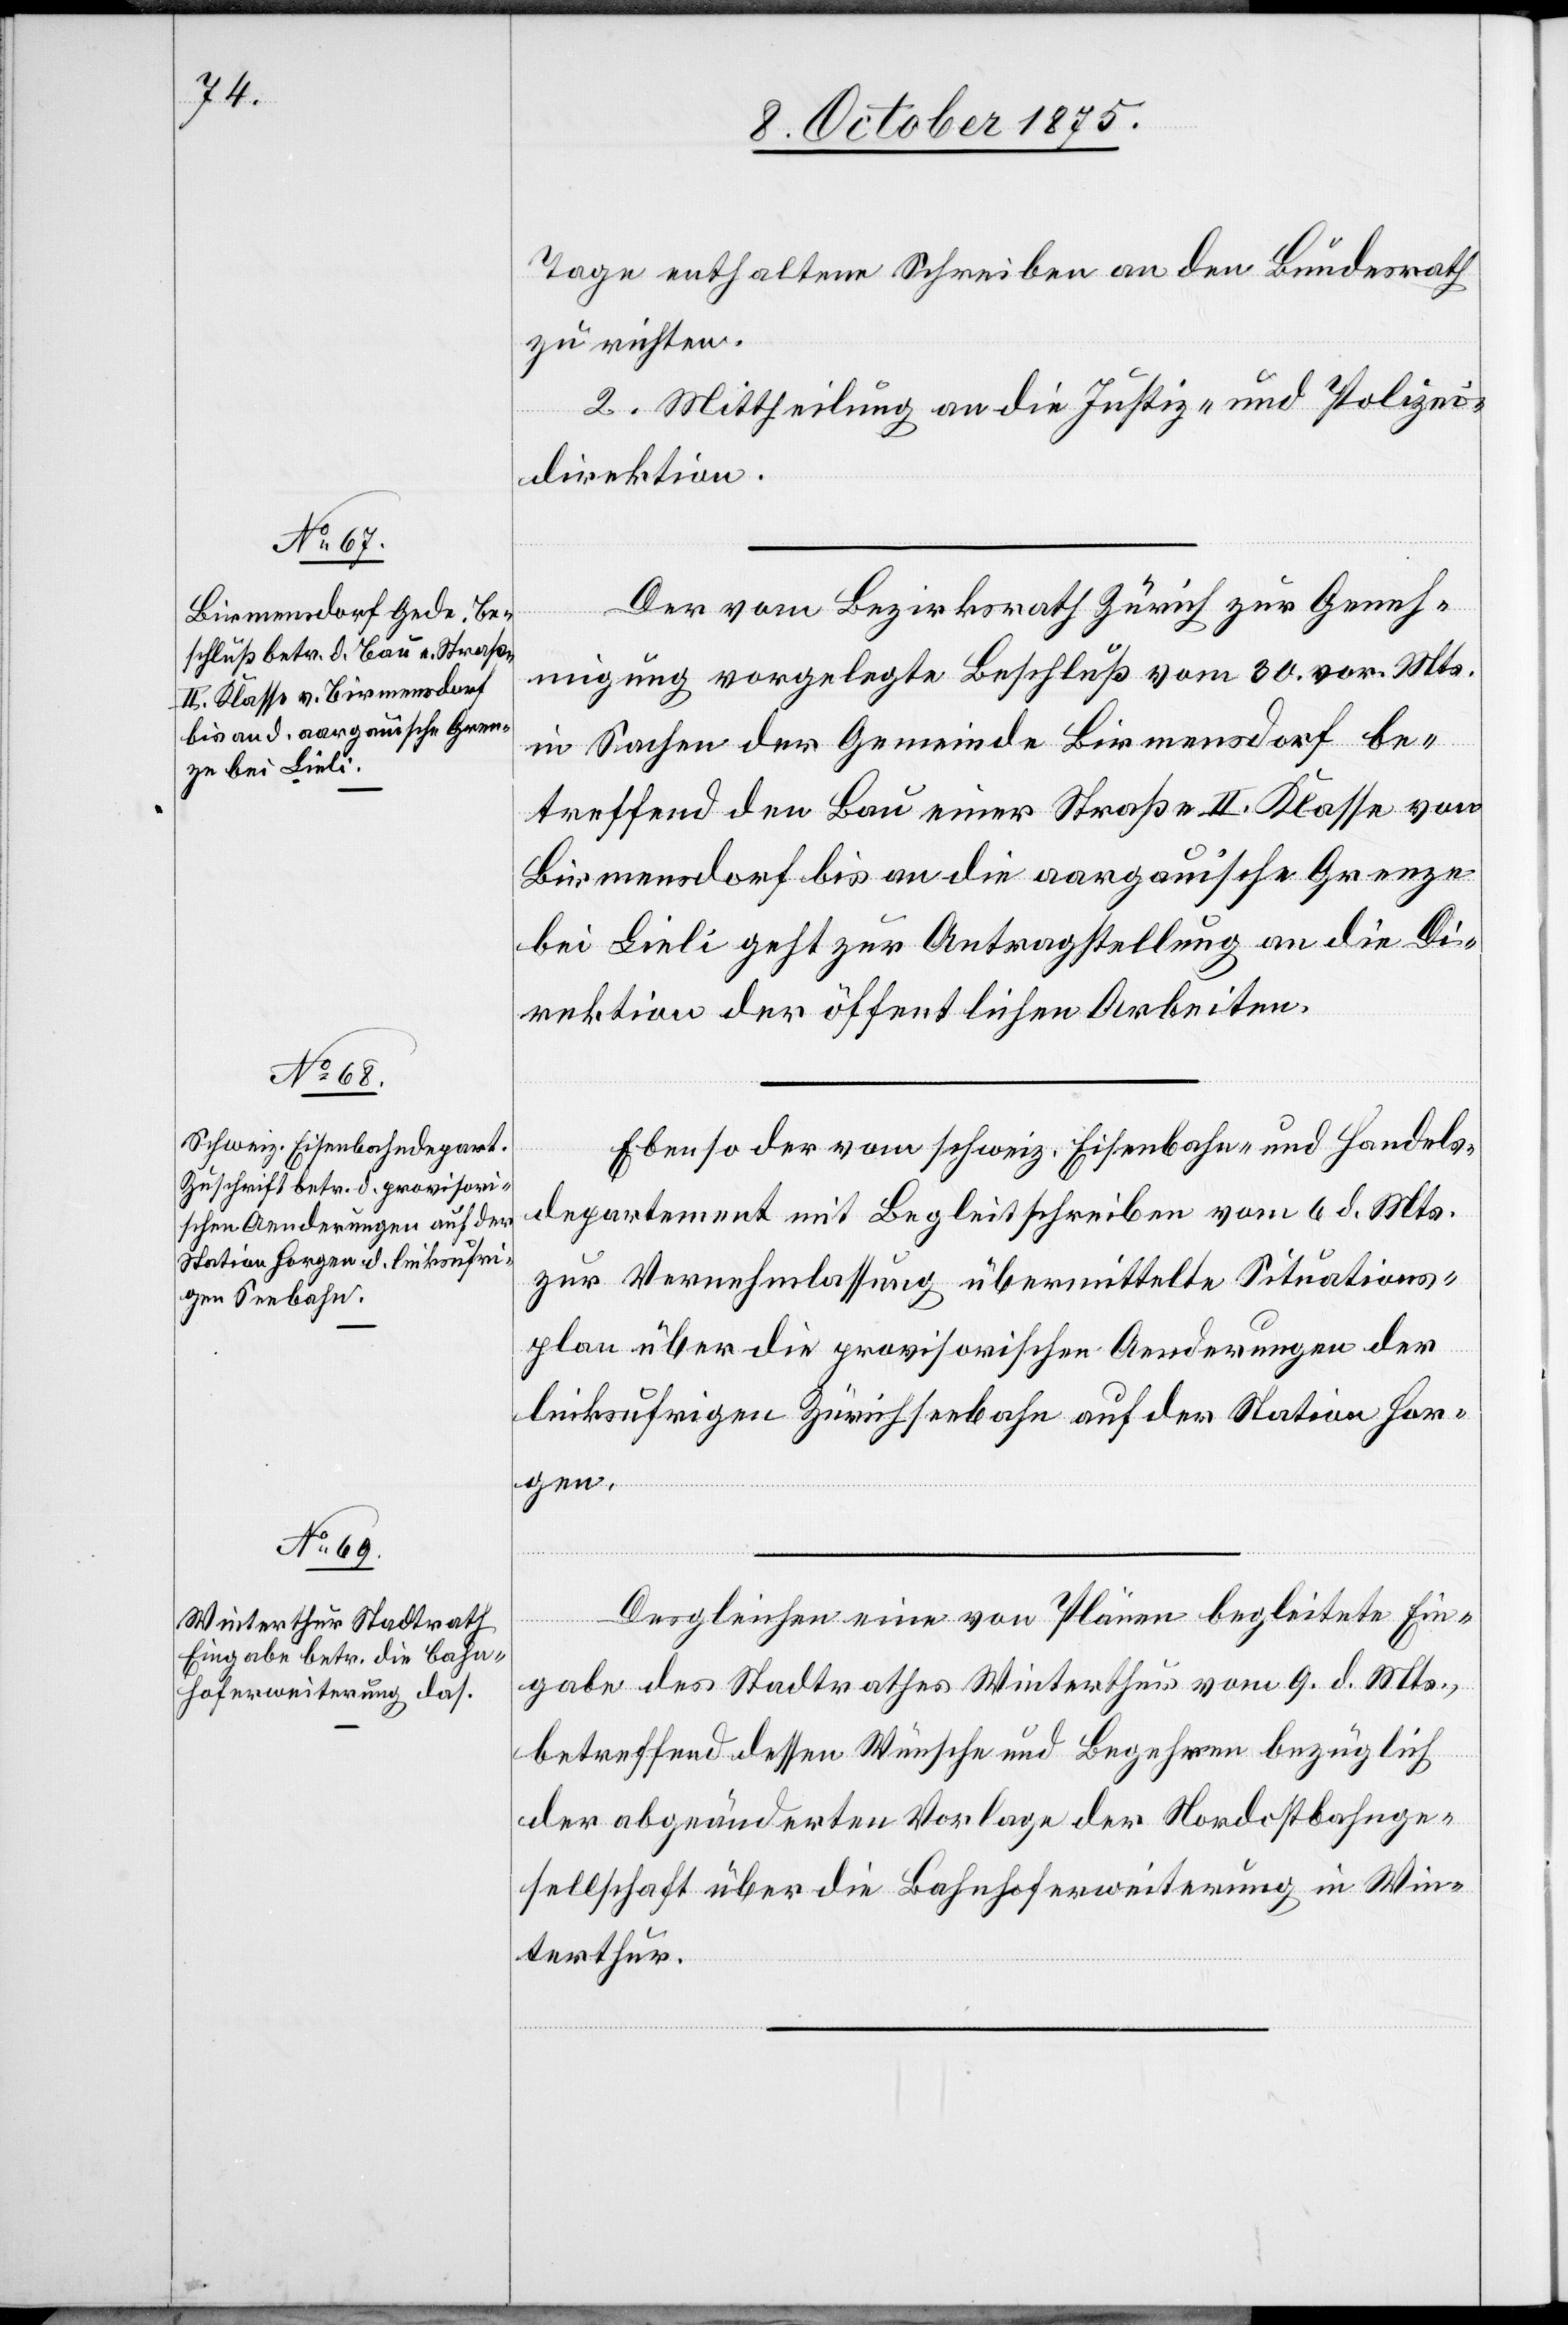
11. October 1875.]
Tage enthaltene Schreiben an den Bundesrath
zu richten.
2. Mittheilung an die Justiz- und Polizei¬
direktion.
Der vom Bezirksrath Zürich zur Geneh¬
migung vorgelegte Beschluß vom 30. vor. Mts.
in Sachen der Gemeinde Birmensdorf be¬
treffend den Bau einer Straße II. Klasse von
Birmensdorf bis an die aargauische Grenze
bei Lieli geht zur Antragstellung an die Di¬
rektion der öffentlichen Arbeiten.
Ebenso der vom schweiz. Eisenbahn- und Handels¬
departement mit Begleitschreiben vom 6. d. Mts.
zur Vernehmlassung übermittelte Situations¬
plan über die provisorischen Aenderungen der
linksufrigen Zürichseebahn auf der Station Hor¬
gen.
Desgleichen eine von Plänen begleitete Ein¬
gabe des Stadtrathes Winterthur vom 9. d. Mts.,
betreffend dessen Wünsche und Begehren bezüglich
der abgeänderten Vorlage der Nordostbahnge¬
sellschaft über die Bahnhoferweiterung in Win¬
terthur.